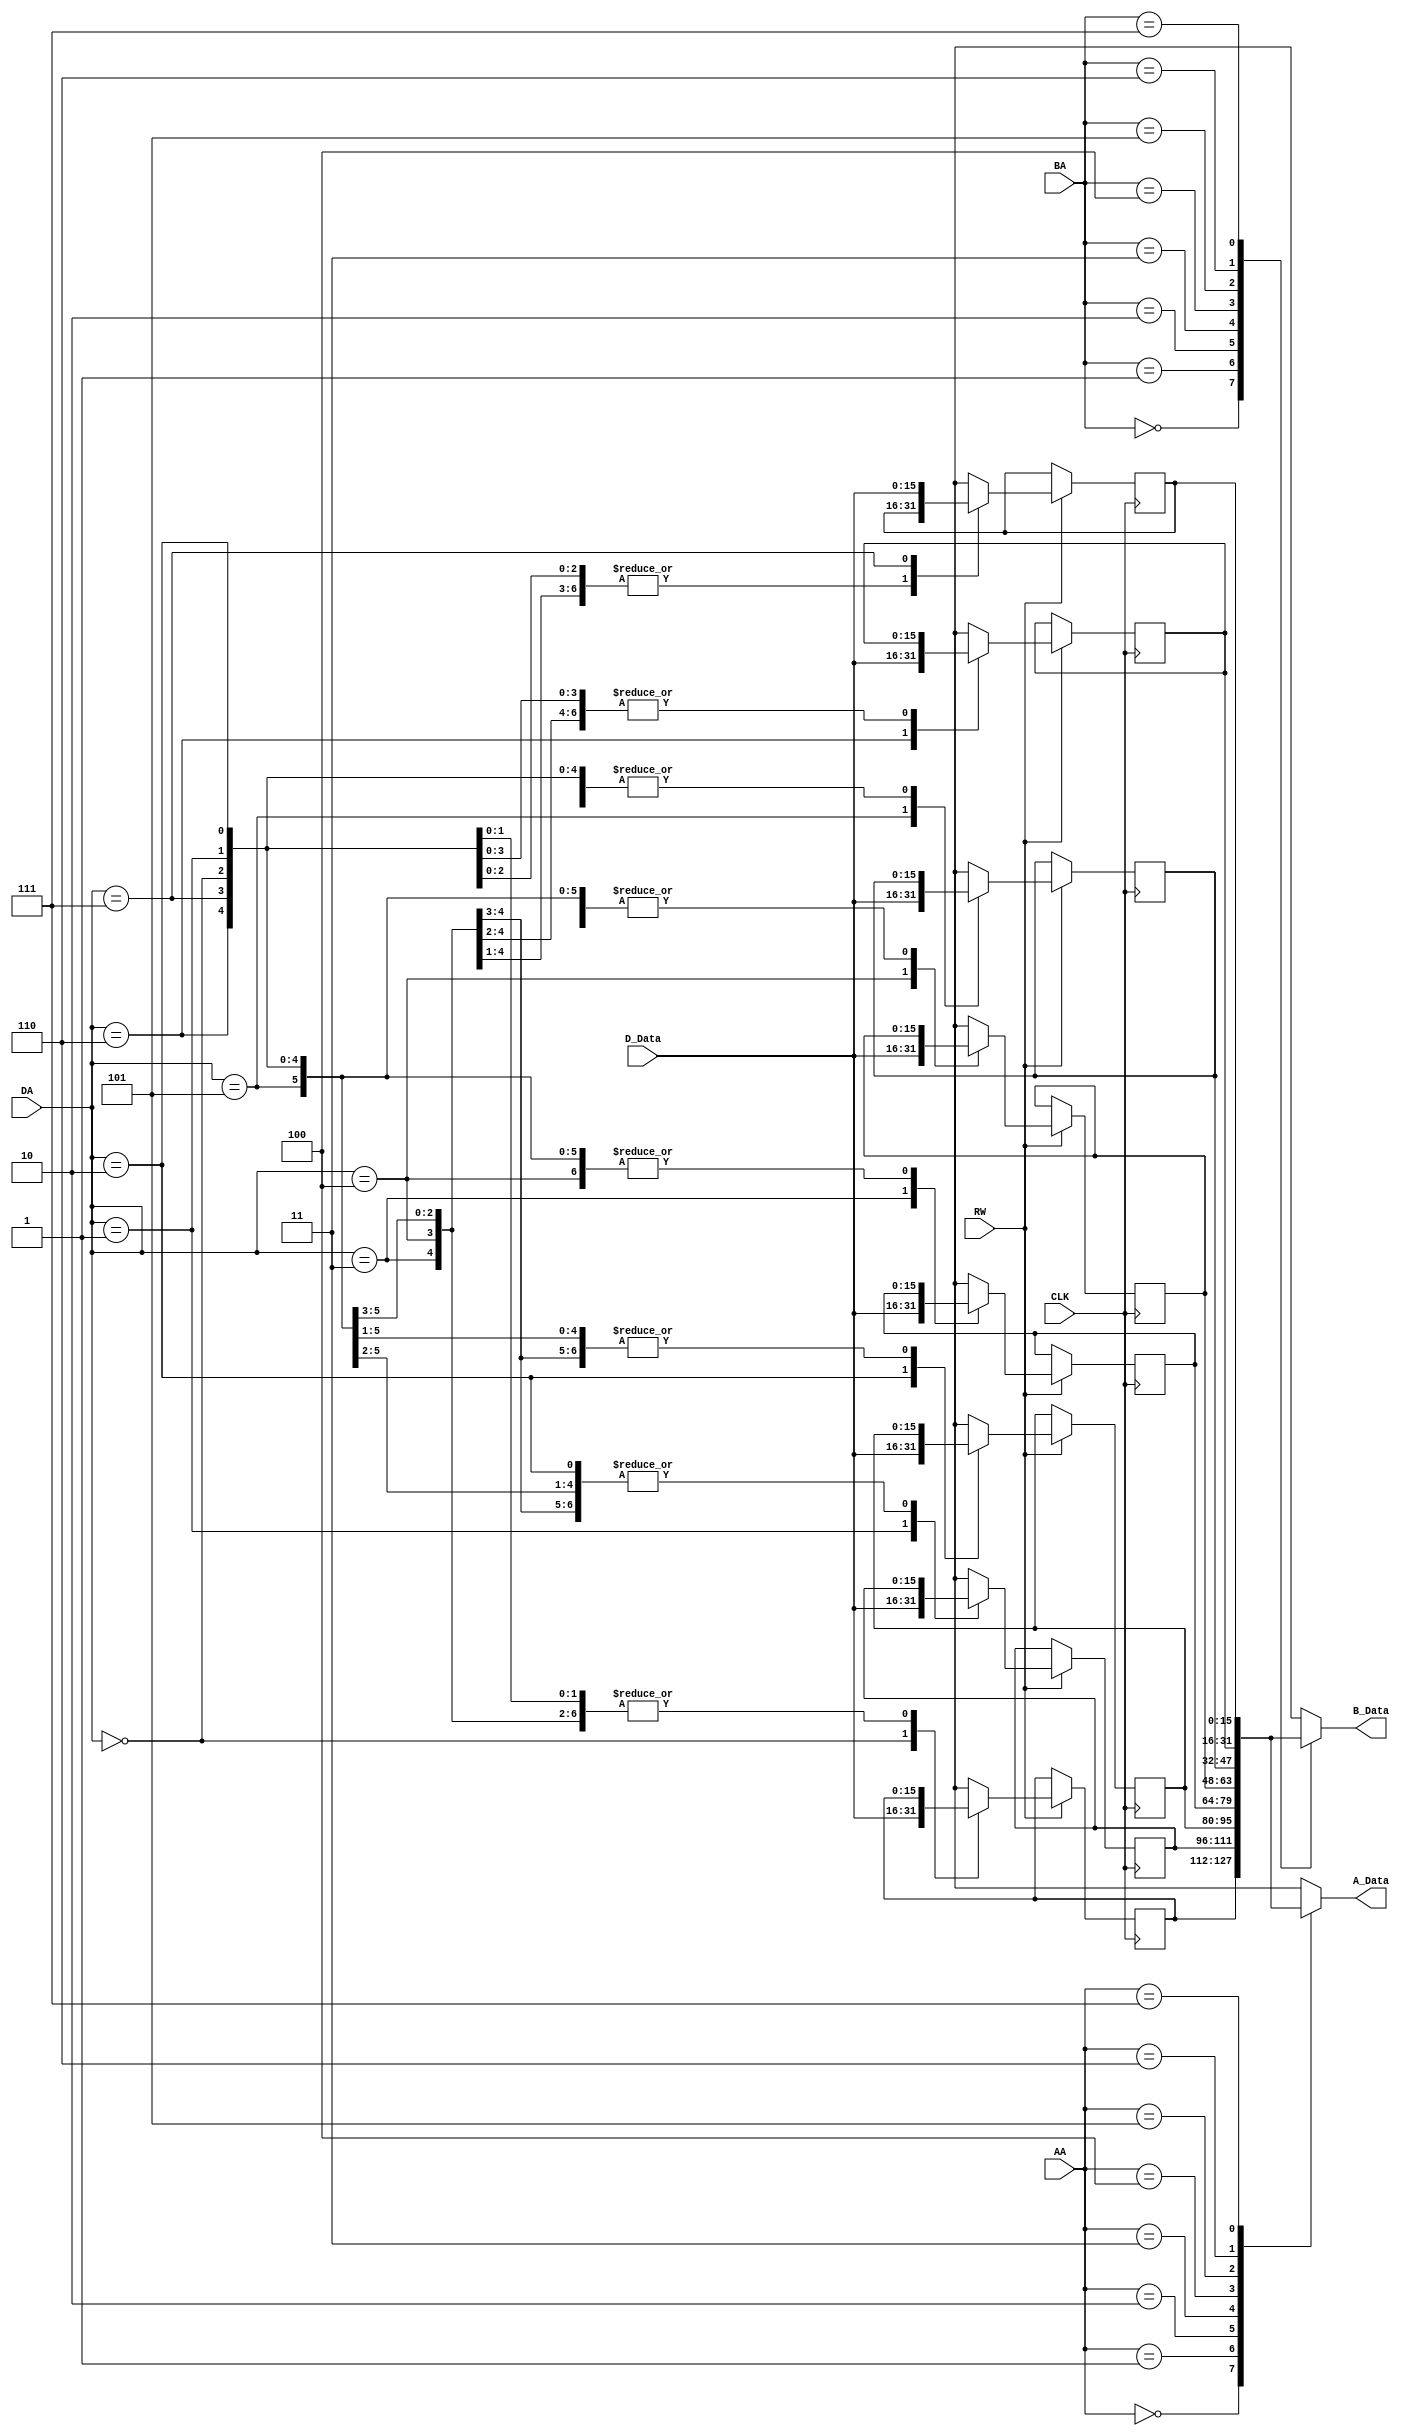
module Datapath_RegisterFile( output reg [WORD_WIDTH-1:0] A_Data, B_Data, input [WORD_WIDTH-1:0] D_Data, input [2:0] AA, BA, DA, input RW, CLK );

parameter WORD_WIDTH = 16;

reg [WORD_WIDTH-1:0] REGS[7:0];

always@(posedge CLK)
	if(RW)
		case(DA)
			3'b 000 : REGS[0] = D_Data;
			3'b 001 : REGS[1] = D_Data;
			3'b 010 : REGS[2] = D_Data;
			3'b 011 : REGS[3] = D_Data;
			3'b 100 : REGS[4] = D_Data;
			3'b 101 : REGS[5] = D_Data;
			3'b 110 : REGS[6] = D_Data;
			3'b 111 : REGS[7] = D_Data;
		endcase
		
always@(*)
	begin
		case(AA)
			3'b 000 : A_Data = REGS[0];
			3'b 001 : A_Data = REGS[1];
			3'b 010 : A_Data = REGS[2];
			3'b 011 : A_Data = REGS[3];
			3'b 100 : A_Data = REGS[4];
			3'b 101 : A_Data = REGS[5];
			3'b 110 : A_Data = REGS[6];
			3'b 111 : A_Data = REGS[7];
		endcase
		
		case(BA)
			3'b 000 : B_Data = REGS[0];
			3'b 001 : B_Data = REGS[1];
			3'b 010 : B_Data = REGS[2];
			3'b 011 : B_Data = REGS[3];
			3'b 100 : B_Data = REGS[4];
			3'b 101 : B_Data = REGS[5];
			3'b 110 : B_Data = REGS[6];
			3'b 111 : B_Data = REGS[7];
		endcase
	end
	
endmodule